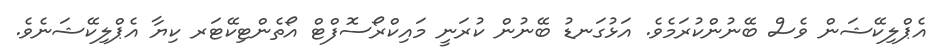
އެޕްލިކޭޝަން ވެސް ބޭނުންކުރަމެވެ. އަޅުގަނޑު ބޭނުން ކުރަނީ މައިކްރޯސޮފްޓް އޯތެންޓިކޭޓަރ ކިޔާ އެޕްލިކޭޝަނެވެ.